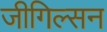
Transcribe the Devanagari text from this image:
जीगिल्सन